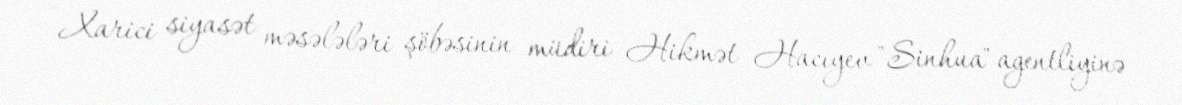
Xarici siyasət məsələləri şöbəsinin müdiri Hikmət Hacıyev "Sinhua" agentliyinə